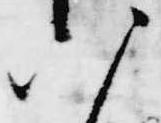
八